Vaccine operations Central Provinces 1868-1885 - 1868-1885
Year: 1868
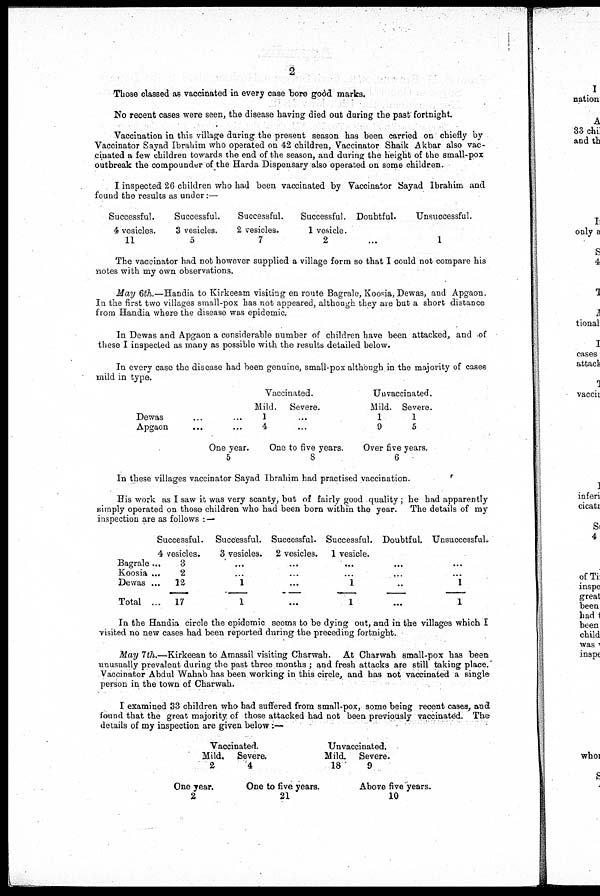
2
Those classed as vaccinated in every case bore good marks.
No recent cases were seen, the disease having died out during the past fortnight.
Vaccination in this village during the present season has been carried on chiefly by
Vaccinator Sayad Ibrahim who operated on 42 children, Vaccinator Shaik Akbar also vac-
cinated a few children towards the end of the season, and during the height of the small-pox
outbreak the compounder of the Harda Dispensary also operated on some children.
I inspected 26 children who had been vaccinated by Vaccinator Sayad Ibrahim and
found the results as under:—
Successful.
4 vesicles.
11
Successful.
3 vesicles.
5
Successful.
2 vesicles.
7
Successful.
1 vesicle.
2
Doubtful.
...
Unsuccessful.
1
The vaccinator had not however supplied a village form so that I could not compare his
notes with my own observations.
May 6th.—Handia to Kirkeeam visiting en route Bagrale, Koosia, Dewas, and Apgaon.
In the first two villages small-pox has not appeared, although they are but a short distance
from Handia where the disease was epidemic.
In Dewas and Apgaon a considerable number of children have been attacked, and of
these I inspected as many as possible with the results detailed below.
In every case the disease had been genuine, small-pox although in the majority of cases
mild in type.
Dewas
...
...
Apgaon
...
...
One year
5
Vaccinated.
Mild.
1
4
Severe.
...
...
One to five years.
8
Unvaccinated.
Mild.
1
9
Severe.
1
5
Over five years.
6
In these villages vaccinator Sayad Ibrahim had practised vaccination.
His work as I saw it was very scanty, but of fairly good quality; he had apparently
simply operated on those children who had been born within the year. The details of my
inspection are as follows : —
Successful.
4 vesicles.
Bagrale...
Koosia ...
Dewas ...
Total ...
3
2
12
17
Successful.
3 vesicles.
...
...
1
1
Successful.
2 vesicles.
...
...
...
...
Successful.
1 vesicle.
...
...
1
1
Doubtful.
...
...
...
...
Unsuccessful,
...
...
1
1
In the Handia circle the epidemic seems to be dying out, and in the villages which I
visited no new cases had been reported during the preceding fortnight.
May 7th.—Kirkeean to Amasail visiting Charwah. At Charwah small-pox has been
unusually prevalent during the past three months ; and fresh attacks are still taking place.
Vaccinator Abdul Wahab has been working in this circle, and has not vaccinated a single
person in the town of Charwah.
I examined 33 children who had suffered from small-pox, some being recent cases, and
found that the great majority of those attacked had not been previously vaccinated. The
details of my inspection are given below:—
Vaccinated.
Mild.
2
One year.
2
Severa
4
One to five years.
21
Unvaccinated.
Mild.
18
Severe.
9
Above five years.
10